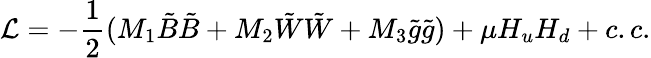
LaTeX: {\cal L}=-\frac{1}{2}(M_{1}\tilde{B}\tilde{B}+M_{2}\tilde{W}\tilde{W}+M_{3}\tilde{g}\tilde{g})+\mu H_{u}H_{d}+c.c.